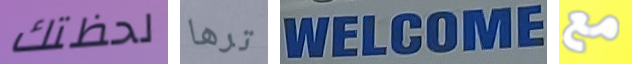
لحظتك ترها WELCOME مع